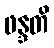
ဖန္ဒတိ